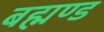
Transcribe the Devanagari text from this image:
बह्मण्ड